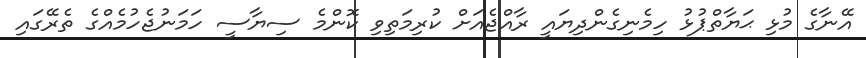
އޭނާގެ މުޅި ޙަޔާތްޕުޅު ހިމެނިގެންދިޔައީ ރާއްޖެއަށް ކުރިމަތިވި ކޮންމެ ސިޔާސީ ހަމަނުޖެހުމެއްގެ ތެރޭގައި